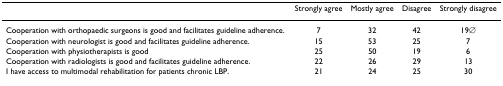
|  | Strongly agree | Mostly agree | Disagree | Strongly disagree |
 | --- | --- | --- | --- | --- |
 | Cooperation with orthopaedic surgeons is good and facilitates guideline adherence. | 7 | 32 | 42 | 19∅ |
 | Cooperation with neurologist is good and facilitates guideline adherence. | 15 | 53 | 25 | 7 |
 | Cooperation with physiotherapists is good | 25 | 50 | 19 | 6 |
 | Cooperation with radiologists is good and facilitates guideline adherence. | 22 | 26 | 29 | 13 |
 | I have access to multimodal rehabilitation for patients chronic LBP. | 21 | 24 | 25 | 30 |